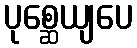
ပုစ္ဆေယျပေ